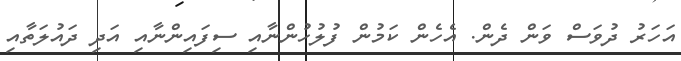
އަހަރު ދުވަސް ވަން ދެން. އެހެން ކަމުން ފުލުހުންނާއި ސިފައިންނާއި އަދި ދައުލަތާއި